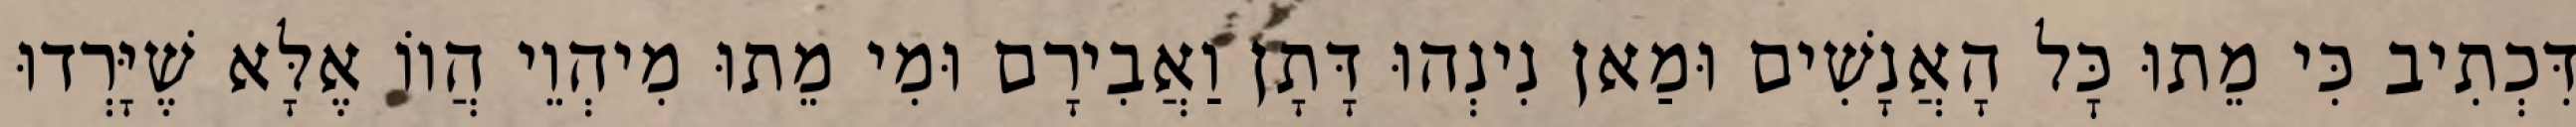
דִּכְתִיב כִּי מֵתוּ כׇּל הָאֲנָשִׁים וּמַאן נִינְהוּ דָּתָן וַאֲבִירָם וּמִי מֵתוּ מִיהְוֵי הֲווֹ אֶלָּא שֶׁיָּרְדוּ